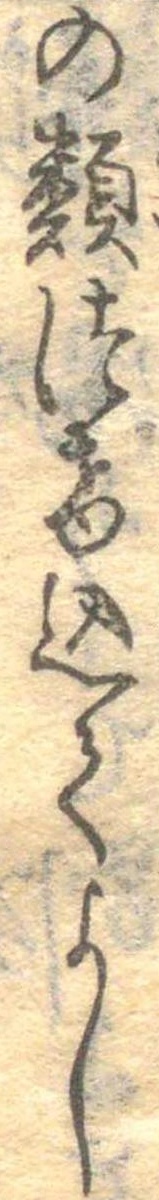
の類つけ込てよし